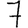
Digit: 7